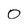
Character: 0